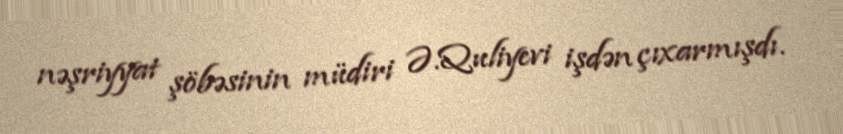
nəşriyyat şöbəsinin müdiri Ə.Quliyevi işdən çıxarmışdı.